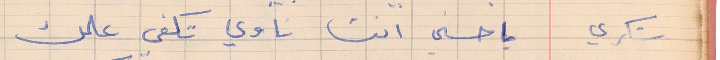
شكري      يا حسني انت ناوي تكفي علمك